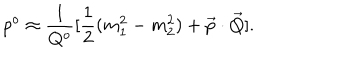
p ^ { o } \approx { \frac { 1 } { Q ^ { o } } } [ { \frac { 1 } { 2 } } ( m _ { 1 } ^ { 2 } - m _ { 2 } ^ { 2 } ) + \vec { p } \cdot \vec { Q } ] .